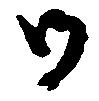
御